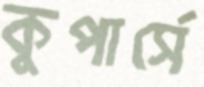
কুপার্সে